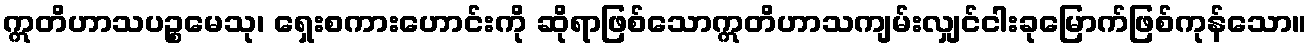
ဣတိဟာသပဉ္စမေသု၊ ရှေးစကားဟောင်းကို ဆိုရာဖြစ်သောဣတိဟာသကျမ်းလျှင်ငါးခုမြောက်ဖြစ်ကုန်သော။